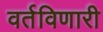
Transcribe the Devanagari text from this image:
वर्तविणारी